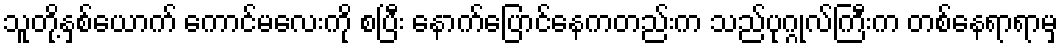
သူတို့နှစ်ယောက် ကောင်မလေးကို စပြီး နောက်ပြောင်နေကတည်းက သည်ပုဂ္ဂုလ်ကြီးက တစ်နေရာရာမှ